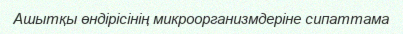
Ашытқы өндірісінің микроорганизмдеріне сипаттама